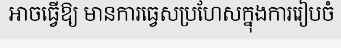
អាចធ្វើឱ្យ មានការធ្វេសប្រហែសក្នុងការរៀបចំ